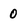
Character: 0